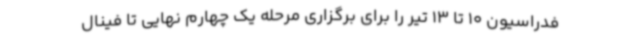
فدراسیون 10 تا 13 تیر را برای برگزاری مرحله یک چهارم نهایی تا فینال